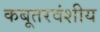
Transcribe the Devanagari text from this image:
कबूतरवंशीय